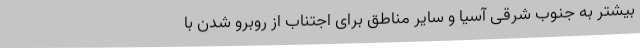
بیشتر به جنوب شرقی آسیا و سایر مناطق برای اجتناب از روبرو شدن با